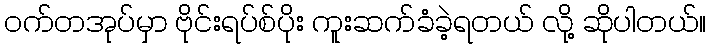
ဝက်တအုပ်မှာ ဗိုင်းရပ်စ်ပိုး ကူးဆက်ခံခဲ့ရတယ် လို့ ဆိုပါတယ်။